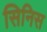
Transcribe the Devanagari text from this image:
सिनिस